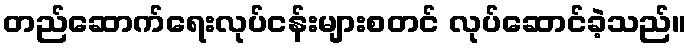
တည်ဆောက်ရေးလုပ်ငန်းများစတင် လုပ်ဆောင်ခဲ့သည်။